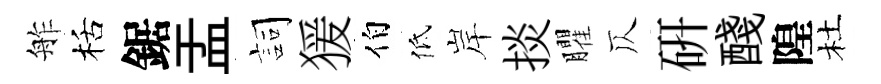
舴栝鋸盂詞猨伯低岸掞臞仄硏醆隍杜